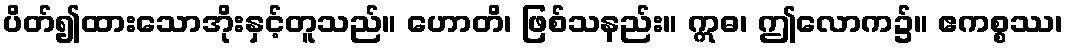
ပိတ်၍ထားသောအိုးနှင့်တူသည်။ ဟောတိ၊ ဖြစ်သနည်း။ ဣဓ၊ ဤလောက၌။ ဧကစ္စဿ၊